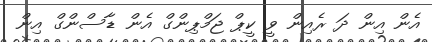
އެން އިން ދަ ރެއިން ވީ ކީޕް ޖަމްޕިންގް އެން ޑާސްންގް އިން